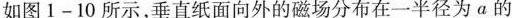
如图1-10所示，垂直纸面向外的磁场分布在一半径为α的